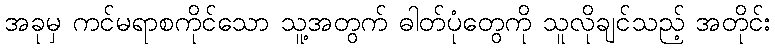
အခုမှ ကင်မရာစကိုင်သော သူ့အတွက် ဓါတ်ပုံတွေကို သူလိုချင်သည့် အတိုင်း